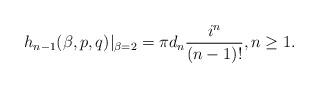
LaTeX: \begin{align*} h_{n-1}(\beta,p,q)|_{\beta = 2} = \pi d_n {i^n \over (n-1)!}, n \ge 1. \end{align*}